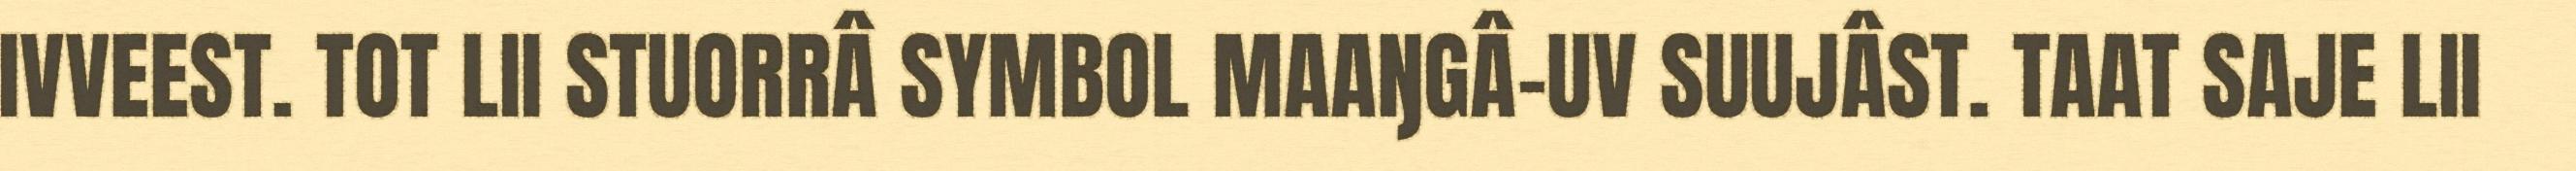
IVVEEST. TOT LII STUORRÂ SYMBOL MAAŊGÂ-UV SUUJÂST. TAAT SAJE LII